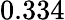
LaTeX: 0.334